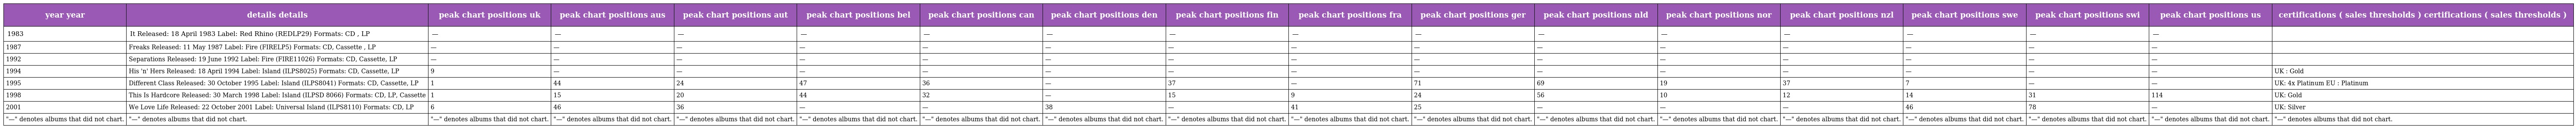
| year year | details details | peak chart positions uk | peak chart positions aus | peak chart positions aut | peak chart positions bel | peak chart positions can | peak chart positions den | peak chart positions fin | peak chart positions fra | peak chart positions ger | peak chart positions nld | peak chart positions nor | peak chart positions nzl | peak chart positions swe | peak chart positions swi | peak chart positions us | certifications ( sales thresholds ) certifications ( sales thresholds ) |
 | --- | --- | --- | --- | --- | --- | --- | --- | --- | --- | --- | --- | --- | --- | --- | --- | --- | --- |
 | 1983 | It Released: 18 April 1983 Label: Red Rhino (REDLP29) Formats: CD , LP | — | — | — | — | — | — | — | — | — | — | — | — | — | — | — |  |
 | 1987 | Freaks Released: 11 May 1987 Label: Fire (FIRELP5) Formats: CD, Cassette , LP | — | — | — | — | — | — | — | — | — | — | — | — | — | — | — |  |
 | 1992 | Separations Released: 19 June 1992 Label: Fire (FIRE11026) Formats: CD, Cassette, LP | — | — | — | — | — | — | — | — | — | — | — | — | — | — | — |  |
 | 1994 | His 'n' Hers Released: 18 April 1994 Label: Island (ILPS8025) Formats: CD, Cassette, LP | 9 | — | — | — | — | — | — | — | — | — | — | — | — | — | — | UK : Gold |
 | 1995 | Different Class Released: 30 October 1995 Label: Island (ILPS8041) Formats: CD, Cassette, LP | 1 | 44 | 24 | 47 | 36 | — | 37 | — | 71 | 69 | 19 | 37 | 7 | — | — | UK: 4x Platinum EU : Platinum |
 | 1998 | This Is Hardcore Released: 30 March 1998 Label: Island (ILPSD 8066) Formats: CD, LP, Cassette | 1 | 15 | 20 | 44 | 32 | — | 15 | 9 | 24 | 56 | 10 | 12 | 14 | 31 | 114 | UK: Gold |
 | 2001 | We Love Life Released: 22 October 2001 Label: Universal Island (ILPS8110) Formats: CD, LP | 6 | 46 | 36 | — | — | 38 | — | 41 | 25 | — | — | — | 46 | 78 | — | UK: Silver |
 | "—" denotes albums that did not chart. | "—" denotes albums that did not chart. | "—" denotes albums that did not chart. | "—" denotes albums that did not chart. | "—" denotes albums that did not chart. | "—" denotes albums that did not chart. | "—" denotes albums that did not chart. | "—" denotes albums that did not chart. | "—" denotes albums that did not chart. | "—" denotes albums that did not chart. | "—" denotes albums that did not chart. | "—" denotes albums that did not chart. | "—" denotes albums that did not chart. | "—" denotes albums that did not chart. | "—" denotes albums that did not chart. | "—" denotes albums that did not chart. | "—" denotes albums that did not chart. | "—" denotes albums that did not chart. |